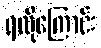
ရလိုကြောင်း